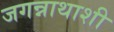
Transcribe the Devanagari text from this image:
जगन्नाथाशी